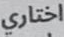
اختاري